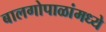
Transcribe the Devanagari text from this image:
बालगोपाळांमध्ये